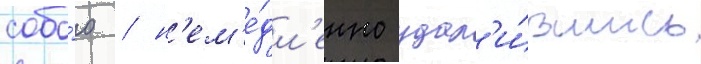
собо́ю / н'ем'е́дл'енно удал'и́вшись